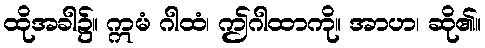
ထိုအခါ၌။ ဣမံ ဂါထံ၊ ဤဂါထာကို။ အာဟ၊ ဆို၏။